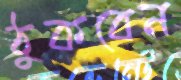
ঠুকবেন